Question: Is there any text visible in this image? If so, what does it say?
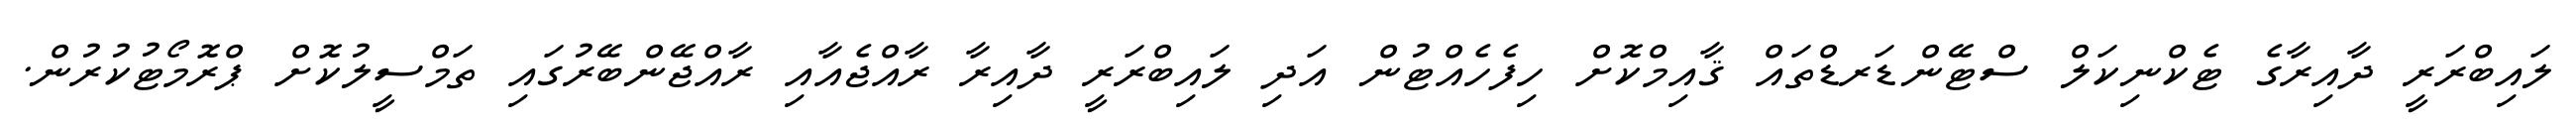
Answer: ލައިބްރަރީ ދާއިރާގެ ޓެކްނިކަލް ސްޓޭންޑަރޑްތައް ޤާއިމްކޮށް ހިފެހެއްޓުން އަދި ލައިބްރަރީ ދާއިރާ ރާއްޖެއާއި ރާއްޖޭންބޭރުގައި ތަމްސީލުކޮށް ޕްރޮމޯޓުކުރުން.